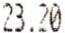
23.20